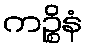
ကဉ္စိနံ